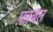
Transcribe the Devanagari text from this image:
फ़ाबत